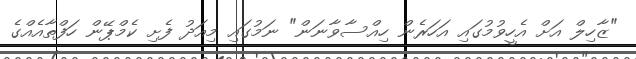
"ޒާހިލް އަށް އެހީވުމުގައި އަހަރެން ހިއްސާވާނަން" ނަމުގައި މިއަދު ފެށި ކެމްޕޭން ހަފްތާއެއްގެ